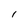
Character: 1